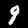
Digit: 9